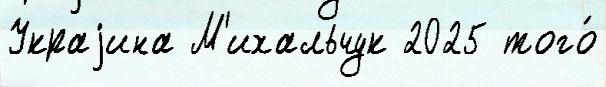
Украjина М'ихальчук 2025 того́